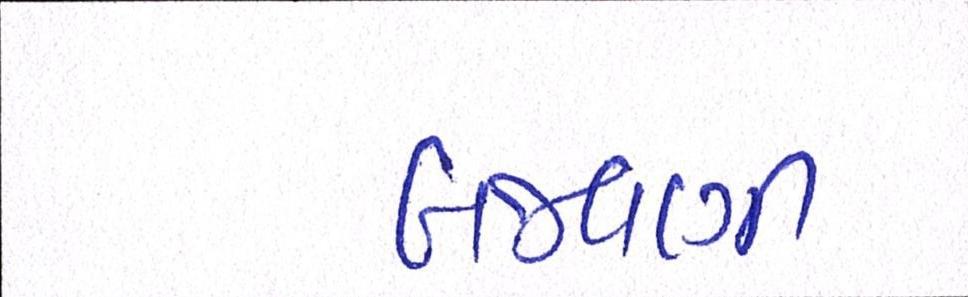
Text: બજવણી